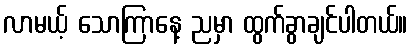
လာမယ့် သောကြာနေ့ ညမှာ ထွက်ခွာချင်ပါတယ်။